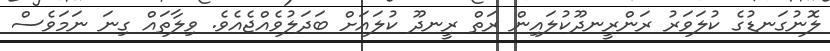
ލޮނުގަނޑުގެ ކުލަވަރު ރަންރީނދޫކުލައިން ރަތް ރީނދޫ ކުލައަށް ބަދަލުވެއްޖެއެވެ. ވިލާތައް ގިނަ ނަމަވެސް